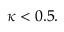
\kappa < 0 . 5 .